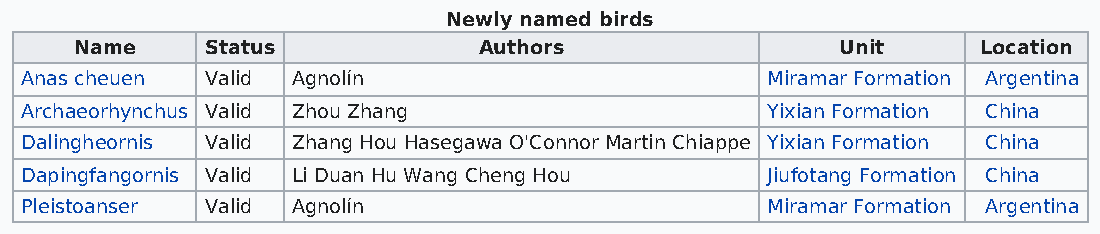
Newly named birds
 Name     Status            Authors                 Unit     Location
 Anas cheuen  Valid Agnolín                        Miramar Formation Argentina
 Archaeorhynchus Valid Zhou Zhang                  Yixian Formation China
 Dalingheornis Valid Zhang Hou Hasegawa O'Connor Martin Chiappe Yixian Formation China
 Dapingfangornis Valid Li Duan Hu Wang Cheng Hou   Jiufotang Formation China
 Pleistoanser Valid Agnolín                        Miramar Formation Argentina